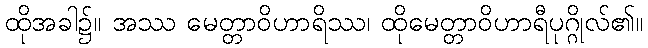
ထိုအခါ၌။ အဿ မေတ္တာဝိဟာရိဿ၊ ထိုမေတ္တာဝိဟာရီပုဂ္ဂိုလ်၏။